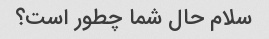
سلام حال شما چطور است؟